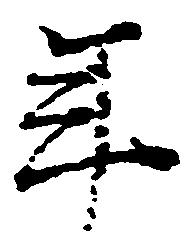
年